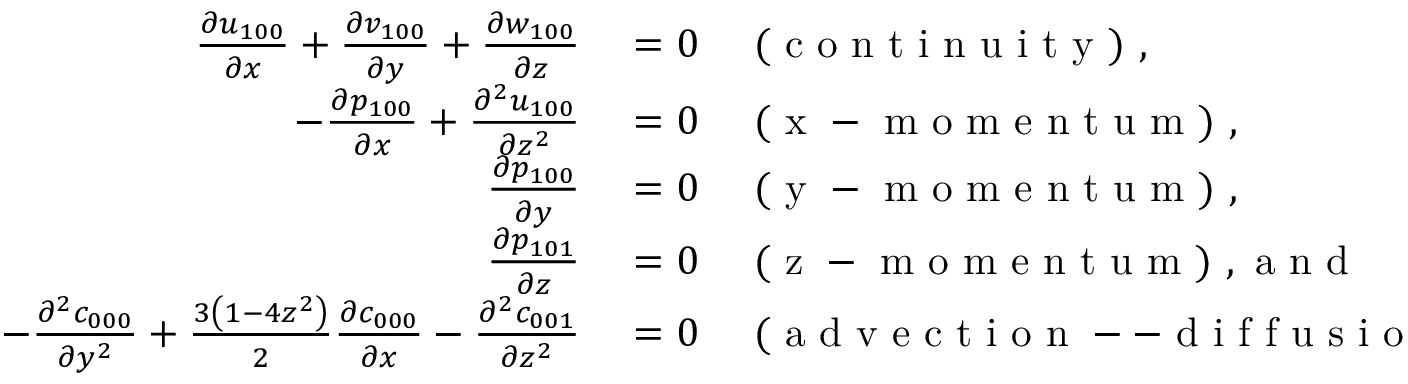
\begin{array} { r l } { \frac { \partial u _ { 1 0 0 } } { \partial x } + \frac { \partial v _ { 1 0 0 } } { \partial y } + \frac { \partial w _ { 1 0 0 } } { \partial z } } & { { } = 0 \quad \mathrm { ~ ( ~ c ~ o ~ n ~ t ~ i ~ n ~ u ~ i ~ t ~ y ~ ) ~ , ~ } } \\ { - \frac { \partial p _ { 1 0 0 } } { \partial x } + \frac { \partial ^ { 2 } u _ { 1 0 0 } } { \partial z ^ { 2 } } } & { { } = 0 \quad \mathrm { ~ ( ~ x ~ - ~ m ~ o ~ m ~ e ~ n ~ t ~ u ~ m ~ ) ~ , ~ } } \\ { \frac { \partial p _ { 1 0 0 } } { \partial y } } & { { } = 0 \quad \mathrm { ~ ( ~ y ~ - ~ m ~ o ~ m ~ e ~ n ~ t ~ u ~ m ~ ) ~ , ~ } } \\ { \frac { \partial p _ { 1 0 1 } } { \partial z } } & { { } = 0 \quad \mathrm { ~ ( ~ z ~ - ~ m ~ o ~ m ~ e ~ n ~ t ~ u ~ m ~ ) ~ , ~ a ~ n ~ d ~ } } \\ { - \frac { \partial ^ { 2 } c _ { 0 0 0 } } { \partial y ^ { 2 } } + \frac { 3 \left( 1 - 4 z ^ { 2 } \right) } { 2 } \frac { \partial c _ { 0 0 0 } } { \partial x } - \frac { \partial ^ { 2 } c _ { 0 0 1 } } { \partial z ^ { 2 } } } & { { } = 0 \quad { \mathrm { ~ ( ~ a ~ d ~ v ~ e ~ c ~ t ~ i ~ o ~ n ~ -- ~ d ~ i ~ f ~ f ~ u ~ s ~ i ~ o ~ n ~ ) ~ } } . } \end{array}